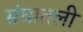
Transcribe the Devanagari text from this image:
संघातली